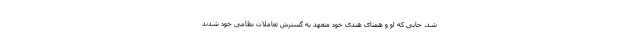
شد، جایی که او و همتای هندی خود متعهد به گسترش تعاملات نظامی خود شدند